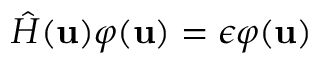
\hat { H } ( \ensuremath { \mathbf { u } } ) \varphi ( \ensuremath { \mathbf { u } } ) = \epsilon \varphi ( \ensuremath { \mathbf { u } } )